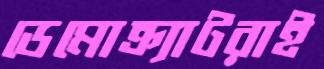
ডেমোক্র্যাটরাই